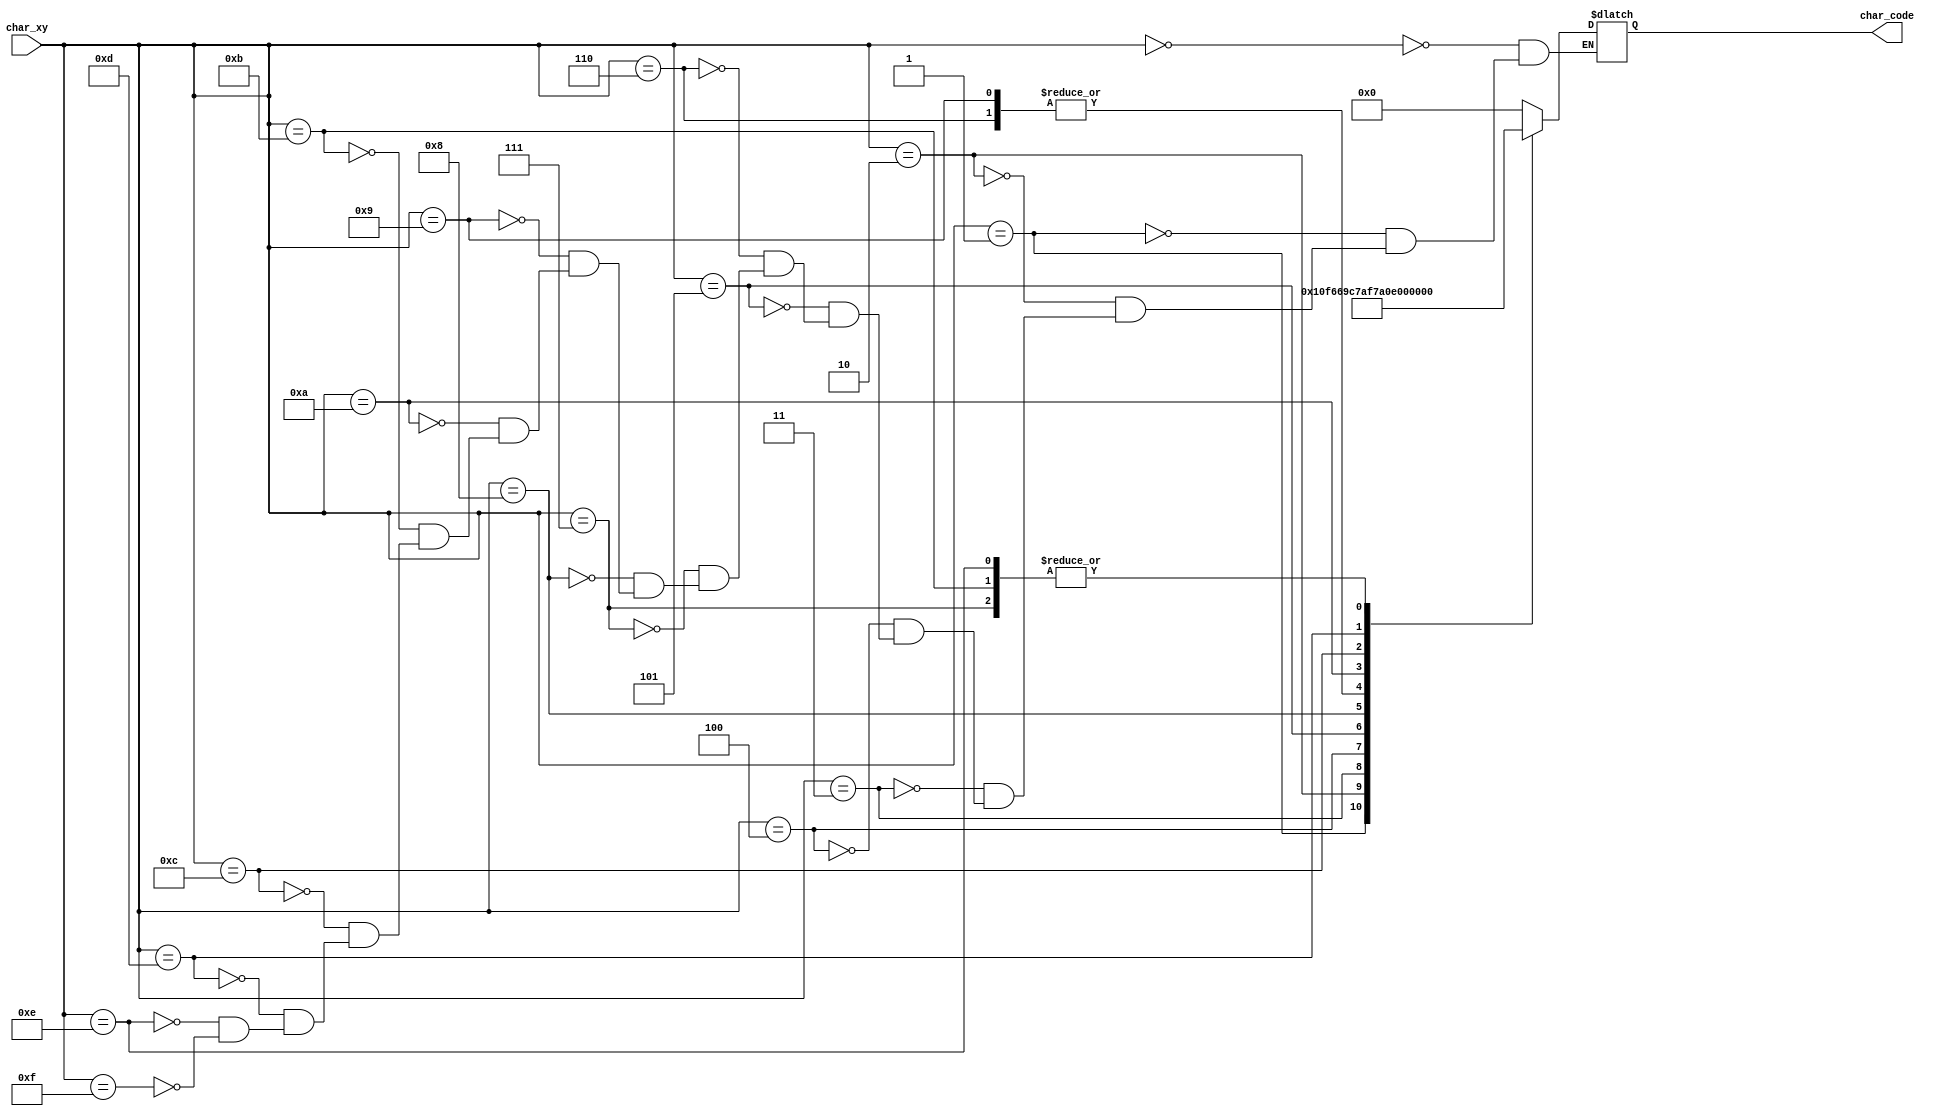
module char_start(
    input wire [7:0] char_xy,
    
    output reg [6:0] char_code
    );

            
    reg [7:0] code_data = 0;
    
    always @*   begin
        char_code = code_data[6:0];
    end
                
    always @*   begin
        case (char_xy)
            8'h00: code_data = 8'h00;
            8'h01: code_data = "C";   
            8'h02: code_data = "l";   
            8'h03: code_data = "i";   
            8'h04: code_data = "c";   
            8'h05: code_data = "k";   
            8'h06: code_data = " ";   
            8'h07: code_data = "t";    
            8'h08: code_data = "o";   
            8'h09: code_data = " ";   
            8'h0a: code_data = "s";      
            8'h0b: code_data = "t";   
            8'h0c: code_data = "a";   
            8'h0d: code_data = "r";   
            8'h0e: code_data = "t";   
            8'h0f: code_data = 8'h00;   
        endcase
    end            
endmodule